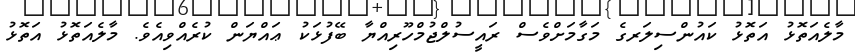
މާލެއަތޮޅު އަތޮޅު ކައުންސިލަރގެ މަގާމަށްވެސް ރައީސުލްޖުމްހޫރިއްޔާ ބޭފުޅަކު ޢައްޔަން ކުރެއްވިއެވެ. މާލެއަތޮޅު އަތޮޅު